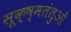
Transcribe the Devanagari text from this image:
सूक्ष्मतंतुओं